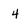
Character: 4